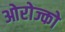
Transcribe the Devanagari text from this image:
ओरोज्को